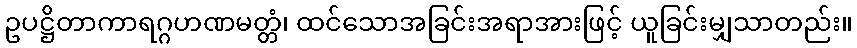
ဥပဋ္ဌိတာကာရဂ္ဂဟဏမတ္တံ၊ ထင်သောအခြင်းအရာအားဖြင့် ယူခြင်းမျှသာတည်း။